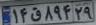
۱۴ق۸۹۴۲۹